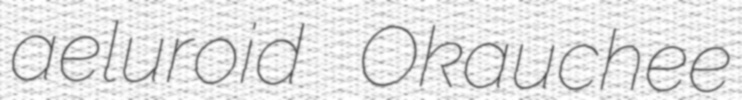
aeluroid Okauchee